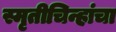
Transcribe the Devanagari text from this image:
स्मृतीचिन्हांचा